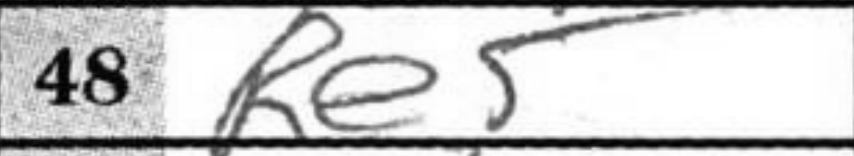
Transcription: Re5